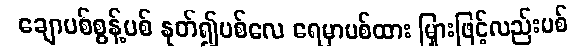
ချောပစ်စွန့်ပစ် နုတ်၍ပစ်လေ ရေမှာပစ်ထား မြှားဖြင့်လည်းပစ်